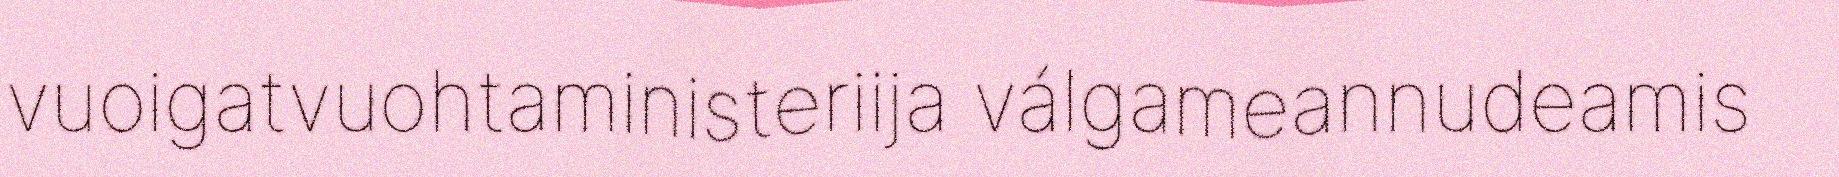
vuoigatvuohtaministeriija válgameannudeamis